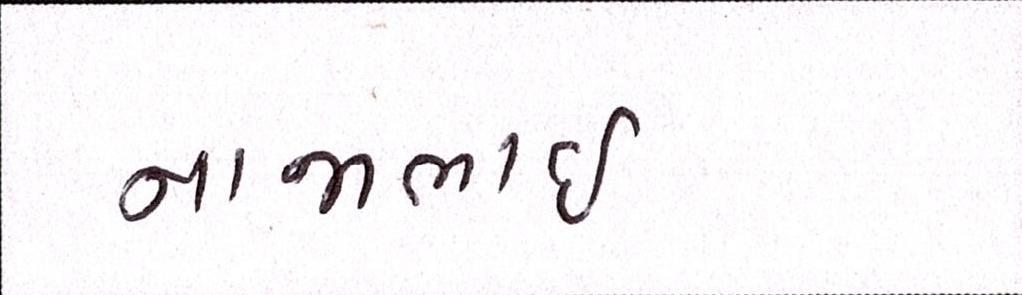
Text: નાજાભાઇ